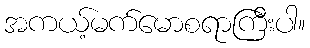
အကယ့်မက်မောစရာကြီးပါ။